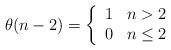
LaTeX: \begin{align*}\theta(n-2)=\left\{\begin{array}{ll}1&n>2\\0&n\leq2\end{array}\right.\end{align*}